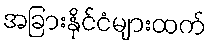
အခြားနိုင်ငံများထက်